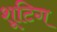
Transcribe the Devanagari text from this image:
शूटिग